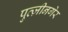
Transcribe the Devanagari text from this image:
पुत्ज़ीनगेर